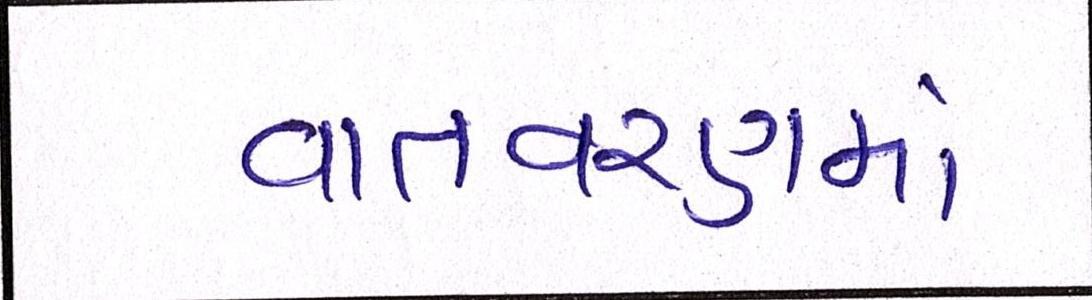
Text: વાતવરણમાં